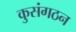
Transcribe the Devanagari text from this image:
कुसंगठन